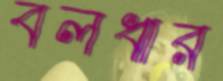
বলধার